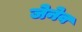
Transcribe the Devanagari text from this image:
जेनेव